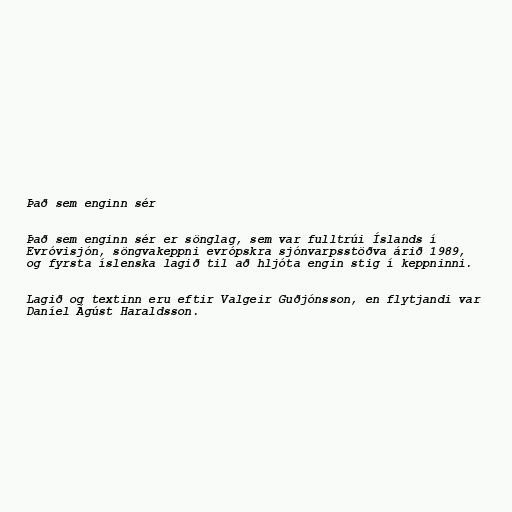
Það sem enginn sér

Það sem enginn sér er sönglag, sem var fulltrúi Íslands í
Evróvisjón, söngvakeppni evrópskra sjónvarpsstöðva árið 1989,
og fyrsta íslenska lagið til að hljóta engin stig í keppninni.

Lagið og textinn eru eftir Valgeir Guðjónsson, en flytjandi var
Daníel Ágúst Haraldsson.